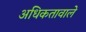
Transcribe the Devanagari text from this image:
अधिकतावाले